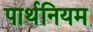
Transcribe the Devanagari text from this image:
पार्थनियम